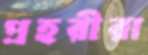
প্রহরীরা